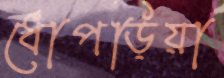
ধোপড়িয়া